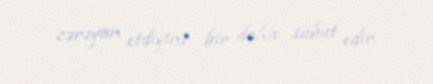
cərəyan etdiyini bir daha sübut edir.